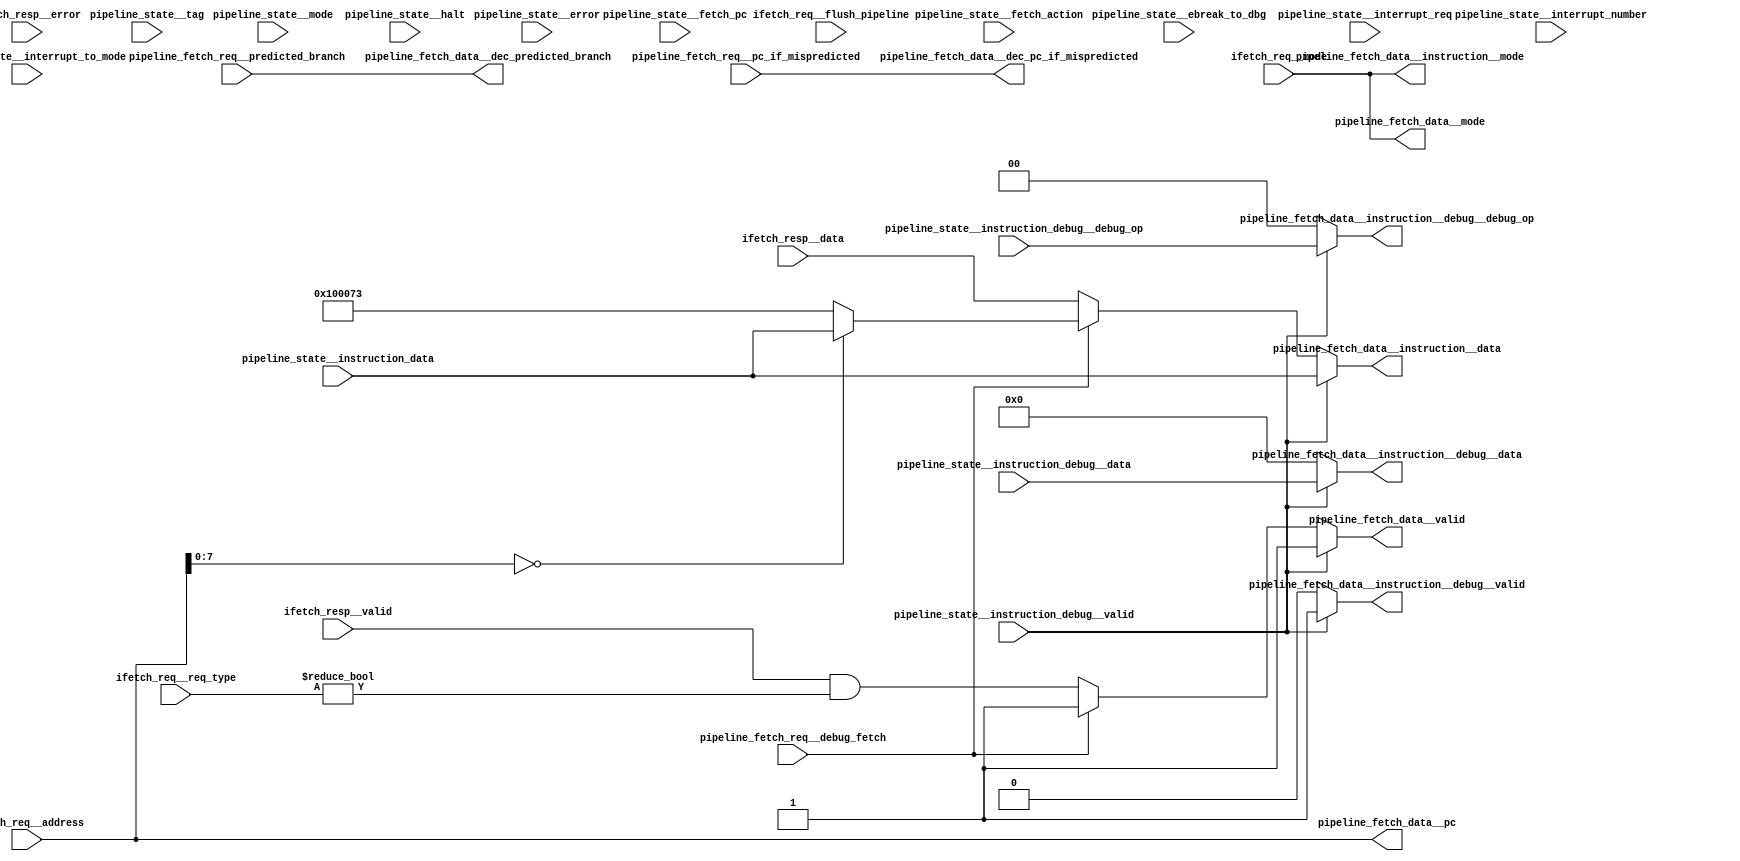
//a Note: created by CDL 1.4 - do not hand edit without recognizing it will be out of sync with the source
// Output mode 0 (VMOD=1, standard verilog=0)
// Verilog option comb reg suffix '__var'
// Verilog option include_displays 0
// Verilog option include_assertions 1
// Verilog option sv_assertions 0
// Verilog option assert delay string '<NULL>'
// Verilog option include_coverage 0
// Verilog option clock_gate_module_instance_type 'banana'
// Verilog option clock_gate_module_instance_extra_ports ''
// Verilog option use_always_at_star 1
// Verilog option clocks_must_have_enables 1

//a Module riscv_i32_pipeline_control_fetch_data
module riscv_i32_pipeline_control_fetch_data
(

    pipeline_fetch_req__debug_fetch,
    pipeline_fetch_req__predicted_branch,
    pipeline_fetch_req__pc_if_mispredicted,
    ifetch_resp__valid,
    ifetch_resp__data,
    ifetch_resp__error,
    ifetch_req__flush_pipeline,
    ifetch_req__req_type,
    ifetch_req__address,
    ifetch_req__mode,
    pipeline_state__fetch_action,
    pipeline_state__fetch_pc,
    pipeline_state__mode,
    pipeline_state__error,
    pipeline_state__tag,
    pipeline_state__halt,
    pipeline_state__ebreak_to_dbg,
    pipeline_state__interrupt_req,
    pipeline_state__interrupt_number,
    pipeline_state__interrupt_to_mode,
    pipeline_state__instruction_data,
    pipeline_state__instruction_debug__valid,
    pipeline_state__instruction_debug__debug_op,
    pipeline_state__instruction_debug__data,

    pipeline_fetch_data__valid,
    pipeline_fetch_data__mode,
    pipeline_fetch_data__pc,
    pipeline_fetch_data__instruction__mode,
    pipeline_fetch_data__instruction__data,
    pipeline_fetch_data__instruction__debug__valid,
    pipeline_fetch_data__instruction__debug__debug_op,
    pipeline_fetch_data__instruction__debug__data,
    pipeline_fetch_data__dec_predicted_branch,
    pipeline_fetch_data__dec_pc_if_mispredicted
);

    //b Clocks

    //b Inputs
    input pipeline_fetch_req__debug_fetch;
    input pipeline_fetch_req__predicted_branch;
    input [31:0]pipeline_fetch_req__pc_if_mispredicted;
    input ifetch_resp__valid;
    input [31:0]ifetch_resp__data;
    input [1:0]ifetch_resp__error;
    input ifetch_req__flush_pipeline;
    input [2:0]ifetch_req__req_type;
    input [31:0]ifetch_req__address;
    input [2:0]ifetch_req__mode;
    input [2:0]pipeline_state__fetch_action;
    input [31:0]pipeline_state__fetch_pc;
    input [2:0]pipeline_state__mode;
    input pipeline_state__error;
    input [1:0]pipeline_state__tag;
    input pipeline_state__halt;
    input pipeline_state__ebreak_to_dbg;
    input pipeline_state__interrupt_req;
    input [3:0]pipeline_state__interrupt_number;
    input [2:0]pipeline_state__interrupt_to_mode;
    input [31:0]pipeline_state__instruction_data;
    input pipeline_state__instruction_debug__valid;
    input [1:0]pipeline_state__instruction_debug__debug_op;
    input [15:0]pipeline_state__instruction_debug__data;

    //b Outputs
    output pipeline_fetch_data__valid;
    output [2:0]pipeline_fetch_data__mode;
    output [31:0]pipeline_fetch_data__pc;
    output [2:0]pipeline_fetch_data__instruction__mode;
    output [31:0]pipeline_fetch_data__instruction__data;
    output pipeline_fetch_data__instruction__debug__valid;
    output [1:0]pipeline_fetch_data__instruction__debug__debug_op;
    output [15:0]pipeline_fetch_data__instruction__debug__data;
    output pipeline_fetch_data__dec_predicted_branch;
    output [31:0]pipeline_fetch_data__dec_pc_if_mispredicted;

// output components here

    //b Output combinatorials
    reg pipeline_fetch_data__valid;
    reg [2:0]pipeline_fetch_data__mode;
    reg [31:0]pipeline_fetch_data__pc;
    reg [2:0]pipeline_fetch_data__instruction__mode;
    reg [31:0]pipeline_fetch_data__instruction__data;
    reg pipeline_fetch_data__instruction__debug__valid;
    reg [1:0]pipeline_fetch_data__instruction__debug__debug_op;
    reg [15:0]pipeline_fetch_data__instruction__debug__data;
    reg pipeline_fetch_data__dec_predicted_branch;
    reg [31:0]pipeline_fetch_data__dec_pc_if_mispredicted;

    //b Output nets

    //b Internal and output registers

    //b Internal combinatorials

    //b Internal nets

    //b Clock gating module instances
    //b Module instances
    //b pipeline_state_logic combinatorial process
        //   
        //       The instruction fetch request derives from the
        //       decode/execute stage (the instruction address that is required
        //       next) and presents that to the outside world.
        //   
        //       This request may be for any 16-bit aligned address, and two
        //       successive 16-bit words from that request must be presented,
        //       aligned to bit 0.
        //   
        //       If the decode/execute stage is invalid (i.e. it does not have a
        //       valid instruction to decode) then the current PC is requested.
        //       
    always @ ( * )//pipeline_state_logic
    begin: pipeline_state_logic__comb_code
    reg pipeline_fetch_data__valid__var;
    reg [31:0]pipeline_fetch_data__instruction__data__var;
    reg pipeline_fetch_data__instruction__debug__valid__var;
    reg [1:0]pipeline_fetch_data__instruction__debug__debug_op__var;
    reg [15:0]pipeline_fetch_data__instruction__debug__data__var;
        pipeline_fetch_data__valid__var = ((ifetch_resp__valid!=1'h0)&&(ifetch_req__req_type!=3'h0));
        pipeline_fetch_data__pc = ifetch_req__address;
        pipeline_fetch_data__mode = ifetch_req__mode;
        pipeline_fetch_data__instruction__data__var = ifetch_resp__data;
        pipeline_fetch_data__instruction__mode = ifetch_req__mode;
        pipeline_fetch_data__instruction__debug__valid__var = 1'h0;
        pipeline_fetch_data__instruction__debug__debug_op__var = 2'h0;
        pipeline_fetch_data__instruction__debug__data__var = 16'h0;
        if ((pipeline_fetch_req__debug_fetch!=1'h0))
        begin
            if ((ifetch_req__address[7:0]==8'h0))
            begin
                pipeline_fetch_data__valid__var = 1'h1;
                pipeline_fetch_data__instruction__data__var = pipeline_state__instruction_data;
            end //if
            else
            
            begin
                pipeline_fetch_data__valid__var = 1'h1;
                pipeline_fetch_data__instruction__data__var = 32'h100073;
            end //else
        end //if
        pipeline_fetch_data__dec_pc_if_mispredicted = pipeline_fetch_req__pc_if_mispredicted;
        pipeline_fetch_data__dec_predicted_branch = pipeline_fetch_req__predicted_branch;
        if ((pipeline_state__instruction_debug__valid!=1'h0))
        begin
            pipeline_fetch_data__valid__var = 1'h1;
            pipeline_fetch_data__instruction__debug__valid__var = pipeline_state__instruction_debug__valid;
            pipeline_fetch_data__instruction__debug__debug_op__var = pipeline_state__instruction_debug__debug_op;
            pipeline_fetch_data__instruction__debug__data__var = pipeline_state__instruction_debug__data;
            pipeline_fetch_data__instruction__data__var = pipeline_state__instruction_data;
        end //if
        pipeline_fetch_data__valid = pipeline_fetch_data__valid__var;
        pipeline_fetch_data__instruction__data = pipeline_fetch_data__instruction__data__var;
        pipeline_fetch_data__instruction__debug__valid = pipeline_fetch_data__instruction__debug__valid__var;
        pipeline_fetch_data__instruction__debug__debug_op = pipeline_fetch_data__instruction__debug__debug_op__var;
        pipeline_fetch_data__instruction__debug__data = pipeline_fetch_data__instruction__debug__data__var;
    end //always

endmodule // riscv_i32_pipeline_control_fetch_data